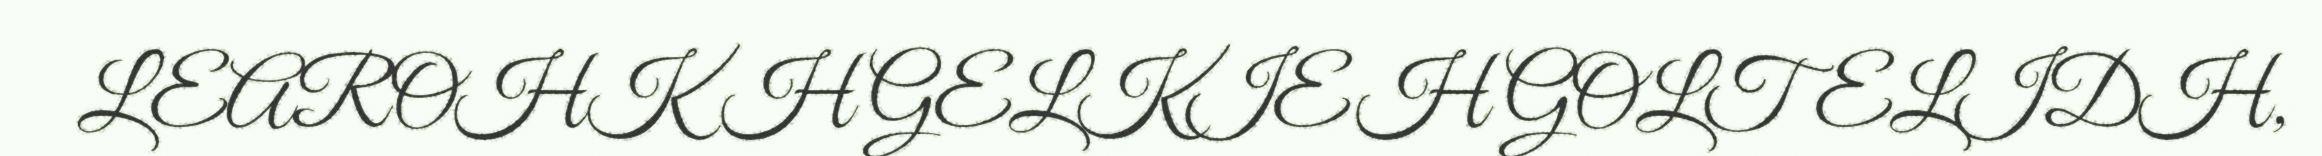
LEAROHKH GELKIEH GOLTELIDH,